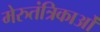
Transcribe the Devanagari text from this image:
मेरुतंत्रिकाओं